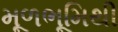
મૂળભૂમિથી